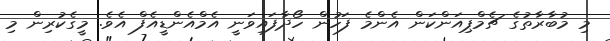
މި މުބާރާތުގެ ޗެމްޕިއަންކަން އެންމެ ފަހުން ހޯދާފައިވަނީ އެމްއެންޑީއެފް އެވެ. މީގެކުރިން މި